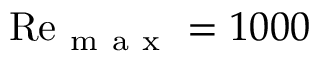
\mathrm { R e } _ { \mathrm { ~ m ~ a ~ x ~ } } = 1 0 0 0